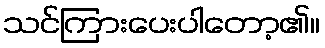
သင်ကြားပေးပါတော့၏။